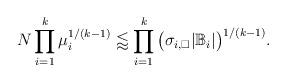
LaTeX: \begin{align*} N \prod_{i=1}^k \mu_i^{1/(k-1)} \lessapprox \prod_{i=1}^k \big(\sigma_{i, \Box} | \mathbb{B}_i | \big)^{1/(k-1)}. \end{align*}